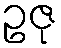
ဥဇု